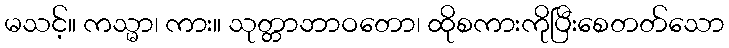
မသင့်။ ကသ္မာ၊ ကား။ သုတ္တာဘာဝတော၊ ထိုစကားကိုပြီးစေတတ်သော